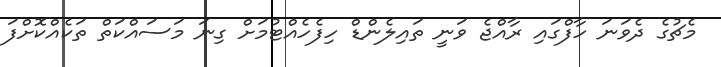
މެޗުގެ ދެވަނަ ހާފްގައި ރާއްޖެ ވަނީ ތައިލެންޑް ހިފެހެއްޓުމަށް ގިނަ މަސައްކަތް ތަކެއްކޮށްފަ